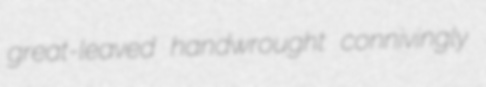
great-leaved handwrought connivingly